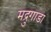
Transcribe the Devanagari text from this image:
मद्रुगाडा